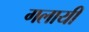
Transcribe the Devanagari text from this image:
गलायी